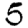
Digit: 5